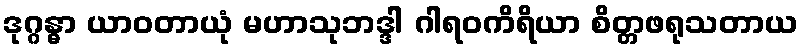
ဒုဂ္ဂန္ဓာ ယာဝတာယုံ မဟာသုဘဒ္ဒါ ဂါရဝကိရိယာ စိတ္တဖရုသတာယ